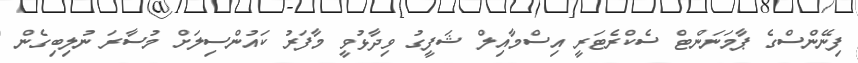
ފިނޭންސްގެ ޕާމަނަންޓް ސެކްރެޓަރީ އިސްމާއިލް ޝަފީގު ވިދާޅުވީ މާފަރު ކައުންސިލަށް މުސާރަ ނުލިބިގެން